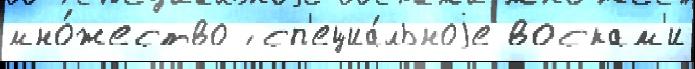
мно́жество ́ сп'ециа́льноjе воскам'и